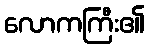
လောကကြီး၏